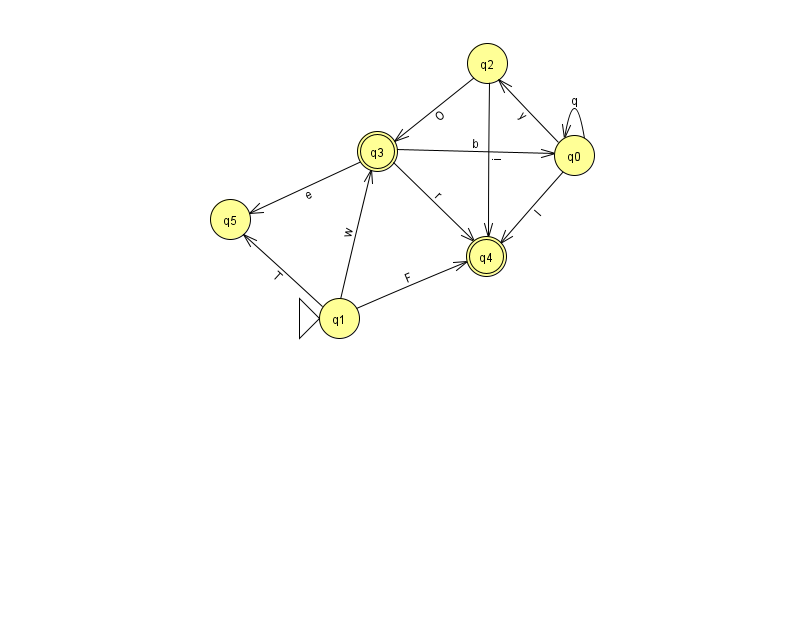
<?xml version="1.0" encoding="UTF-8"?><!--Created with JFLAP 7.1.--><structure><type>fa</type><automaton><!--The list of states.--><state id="0" name="q0"><x>574.0</x><y>142.0</y></state><state id="1" name="q1"><x>339.0</x><y>305.0</y><initial/></state><state id="2" name="q2"><x>487.0</x><y>50.0</y></state><state id="3" name="q3"><x>377.0</x><y>138.0</y><final/></state><state id="4" name="q4"><x>486.0</x><y>243.0</y><final/></state><state id="5" name="q5"><x>230.0</x><y>206.0</y></state><!--The list of transitions.--><transition><from>0</from><to>0</to><read>q</read></transition><transition><from>1</from><to>4</to><read>F</read></transition><transition><from>3</from><to>4</to><read>r</read></transition><transition><from>1</from><to>3</to><read>w</read></transition><transition><from>3</from><to>0</to><read>b</read></transition><transition><from>0</from><to>4</to><read>I</read></transition><transition><from>0</from><to>2</to><read>y</read></transition><transition><from>3</from><to>5</to><read>e</read></transition><transition><from>1</from><to>5</to><read>T</read></transition><transition><from>2</from><to>3</to><read>O</read></transition><transition><from>2</from><to>4</to><read>i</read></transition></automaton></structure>